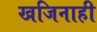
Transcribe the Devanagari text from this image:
खजिनाही